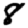
Digit: 8